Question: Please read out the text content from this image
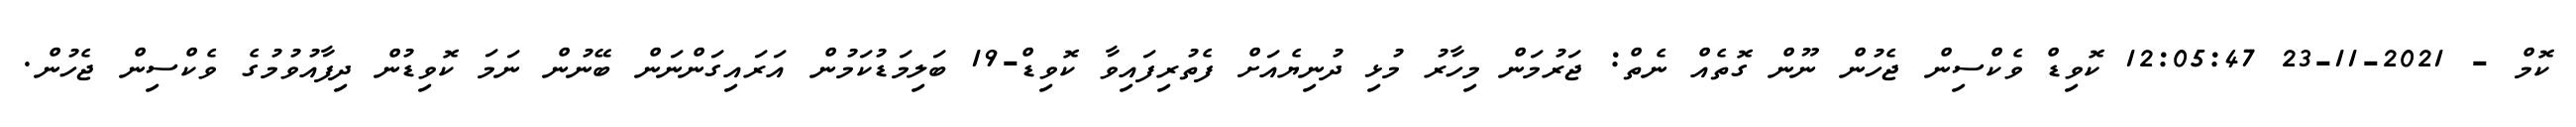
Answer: ކޮމް - 2021-11-23 12:05:47 ކޮވިޑް ވެކްސިން ޖެހުން ނޫން ގޮތެއް ނެތް: ޖަރުމަން މިހާރު މުޅި ދުނިޔެއަށް ފެތުރިފައިވާ ކޮވިޑް-19 ބަލިމަޑުކަމުން އަރައިގަންނަން ބޭނުން ނަމަ ކޮވިޑުން ދިފާއުވުމުގެ ވެކްސިން ޖެހުން.